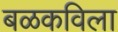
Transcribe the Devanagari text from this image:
बळकविला